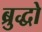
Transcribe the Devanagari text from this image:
ब्रुद्धो